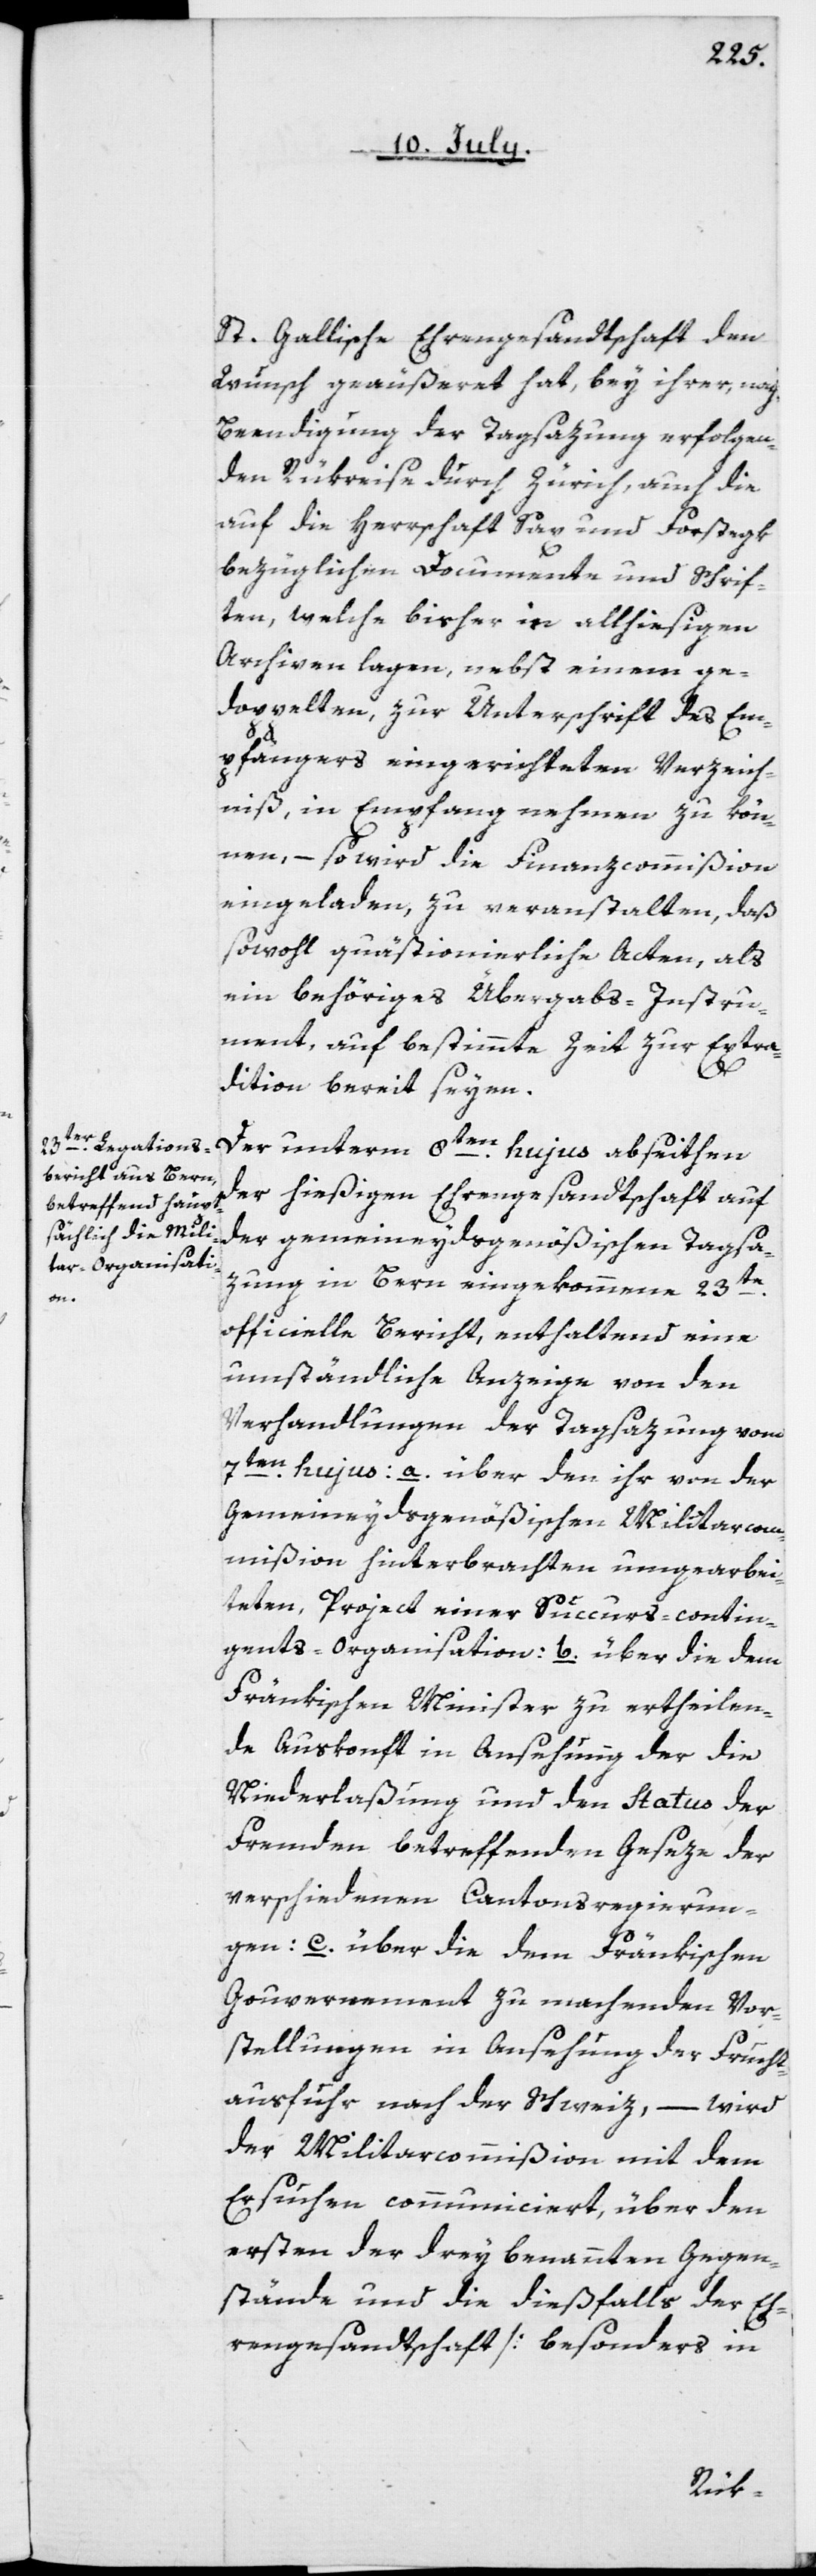
St. Gallische Ehrengesandtschaft den
Wunsch geäußeret hat, bey ihrer, nach
Beendigung der Tagsazung erfolgen¬
den Rükreise durch Zürich, auch die
auf die Herrschaft Sax und Forstegk
bezüglichen Documente und Schrif¬
ten, welche bisher in allhiesigen
Archiven lagen, nebst einem ge¬
doppelten, zur Unterschrift des Em¬
pfängers eingerichteten Verzeich¬
niß, in Empfang nehmen zu kön¬
nen, – so wird die Finanzcommißion
eingeladen, zu veranstalten, daß
sowohl quästionierliche Acten, als
ein behöriges Übergabs-Instru¬
ment, auf bestimmte Zeit zur Extra¬
dition bereit seyen.
Der unterm 8ten hujus abseithen
der hießigen Ehrengesandtschaft auf
der gemeineydsgenößischen Tagsa¬
zung in Bern eingekommene 23te
officielle Bericht, enthaltend eine
umständliche Anzeige von den
Verhandlungen der Tagsazung vom
7ten hujus: a. über den ihr von der
Gemeineydsgenößischen Militarcom¬
mißion hinterbrachten umgearbei¬
teten, Project einer Succurs-contin¬
gents-Organisation: b. über die dem
Fränkischen Minister zu ertheilen¬
de Auskonft in Ansehung der die
Niederlaßung und den Status der
Fremden betreffenden Geseze der
verschiedenen Cantonsregierun¬
gen: c. über die dem Fränkischen
Gouvernement zu machenden Vor¬
stellungen in Ansehung der Frucht¬
ausfuhr nach der Schweiz, – wird
der Militarcommißion mit dem
Ersuchen communiciert, über den
ersten der drey benannten Gegen¬
stände und die dießfalls der Eh¬
rengesandtschaft [besonders in